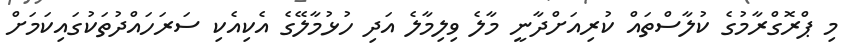
މި ޕްރޮގްރާމުގެ ކުލާސްތައް ކުރިއަށްދާނީ މާލެ ވިލިމާލެ އަދި ހުޅުމާލޭގެ އެކިއެކި ސަރަހައްދުތަކުގައިކަމަށް